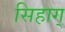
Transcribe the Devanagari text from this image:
सिहाग्